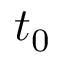
t _ { 0 }